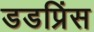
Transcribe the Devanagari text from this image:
डडप्रिंस